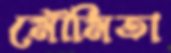
মৌমিতা